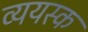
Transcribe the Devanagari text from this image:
व्ययस्क